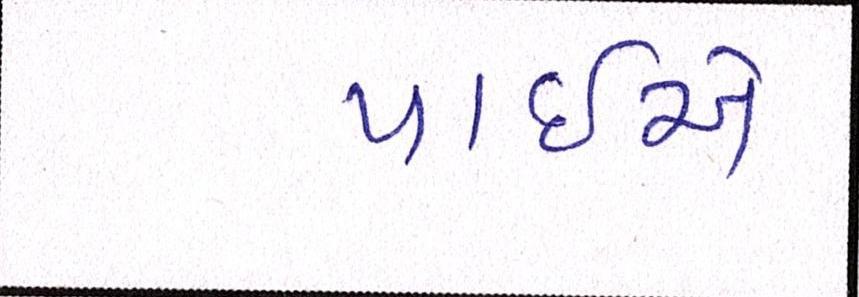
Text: પાઈએ